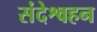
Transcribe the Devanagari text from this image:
संदेश्वहन